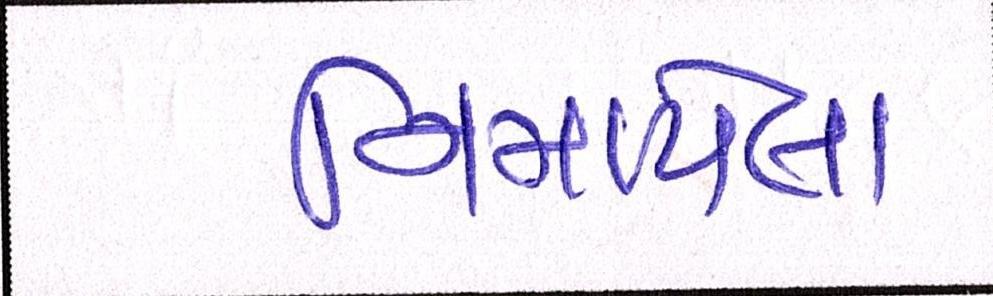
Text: નિમાયેલા